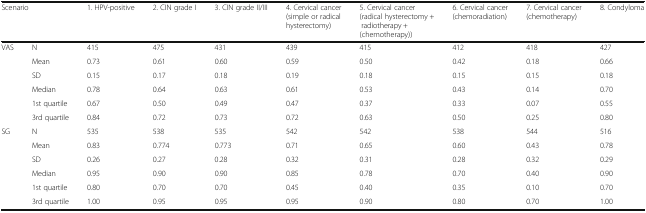
| <COLSPAN=2> Scenario | 1. HPV-positive | 2. CIN grade I | 3. CIN grade II/III | 4. Cervical cancer (simple or radical hysterectomy) | 5. Cervical cancer (radical hysterectomy + radiotherapy + (chemotherapy)) | 6. Cervical cancer (chemoradiation) | 7. Cervical cancer (chemotherapy) | 8. Condyloma |
 | --- | --- | --- | --- | --- | --- | --- | --- | --- | --- |
 | VAS | N | 415 | 475 | 431 | 439 | 415 | 412 | 418 | 427 |
 |  | Mean | 0.73 | 0.61 | 0.60 | 0.59 | 0.50 | 0.42 | 0.18 | 0.66 |
 |  | SD | 0.15 | 0.17 | 0.18 | 0.19 | 0.18 | 0.15 | 0.15 | 0.18 |
 |  | Median | 0.78 | 0.64 | 0.63 | 0.61 | 0.53 | 0.43 | 0.14 | 0.70 |
 |  | 1st quartile | 0.67 | 0.50 | 0.49 | 0.47 | 0.37 | 0.33 | 0.07 | 0.55 |
 |  | 3rd quartile | 0.84 | 0.72 | 0.73 | 0.72 | 0.63 | 0.50 | 0.25 | 0.80 |
 | SG | N | 535 | 538 | 535 | 542 | 542 | 538 | 544 | 516 |
 |  | Mean | 0.83 | 0.774 | 0.773 | 0.71 | 0.65 | 0.60 | 0.43 | 0.78 |
 |  | SD | 0.26 | 0.27 | 0.28 | 0.32 | 0.31 | 0.28 | 0.32 | 0.29 |
 |  | Median | 0.95 | 0.90 | 0.90 | 0.85 | 0.78 | 0.70 | 0.40 | 0.90 |
 |  | 1st quartile | 0.80 | 0.70 | 0.70 | 0.45 | 0.40 | 0.35 | 0.10 | 0.70 |
 |  | 3rd quartile | 1.00 | 0.95 | 0.95 | 0.95 | 0.90 | 0.80 | 0.70 | 1.00 |